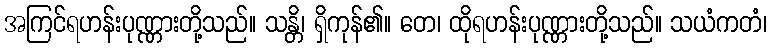
အကြင်ရဟန်းပုဏ္ဏားတို့သည်။ သန္တိ၊ ရှိကုန်၏။ တေ၊ ထိုရဟန်းပုဏ္ဏားတို့သည်။ သယံကတံ၊